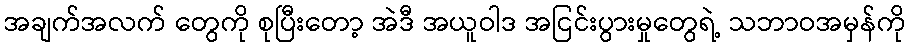
အချက်အလက် တွေကို စုပြီးတော့ အဲဒီ အယူဝါဒ အငြင်းပွားမှုတွေရဲ့ သဘာဝအမှန်ကို